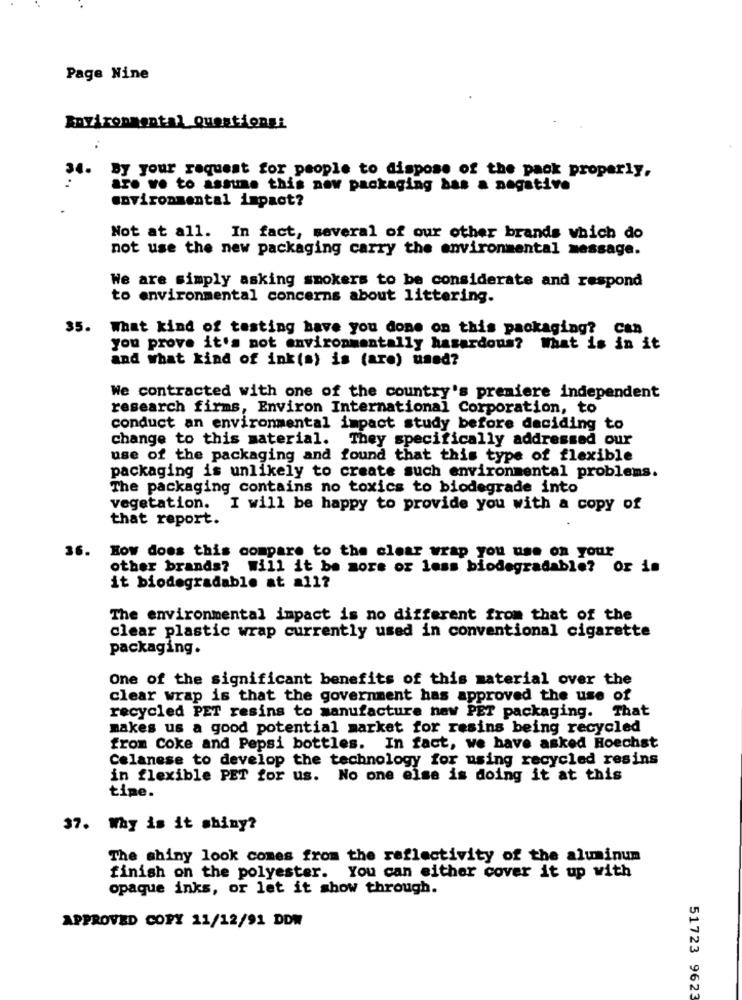
Page Nine
Environmental Questiongi
By your request for people to dispose of the pack properly,
are ve to assume this new packaging bas a negative
environmental impact?
Not at all. In fact, several of our other brands which do
not use the new packaging carry the environmental message.
We are simply asking smokers to be considerate and respond
to environmental concerns about littering.
35. What kind of testing have you done on this packaging? Can
you prove it's not environmentally hasardous? What is in it
and what kind of ink(s) is (are) used?
We contracted with one of the country's premiere independent
research firms, Environ International Corporation, to
conduct an environmental impact study before deciding to
change to this material. They specifically addressed our
use of the packaging and found that this type of flexible
packaging is unlikely to create such environmental problems.
The packaging contains no toxics to biodegrade into
vegetation. I will be happy to provide you with a copy of
that report.
36.
How does this compare to the clear wrap you use on your
other brands? will it be more or less biodegradable? Or is
it biodegradable at a11?
The environmental impact is no different from that of the
clear plastic wrap currently used in conventional cigarette
packaging.
One of the significant benefits of this material over the
clear wrap is that the government has approved the use of
recycled PET resins to manufacture naw PET packaging. That
makes us a good potential market for resins being recycled
from Coke and Pepsi bottles. In fact, we have asked Hoechst
Celanese to develop the technology for using recycled resins
in flexible PET for us. No one else is doing it at this
time.
37. Why is it shiny?
The shiny look comes from the reflectivity of the aluminum
finish on the polyester. You can either cover it up with
opaque inks, or let it show through.
APPROVED COPY 11/12/91 DDM
51723 9623